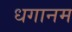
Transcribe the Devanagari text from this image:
धगानम